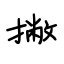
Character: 撇